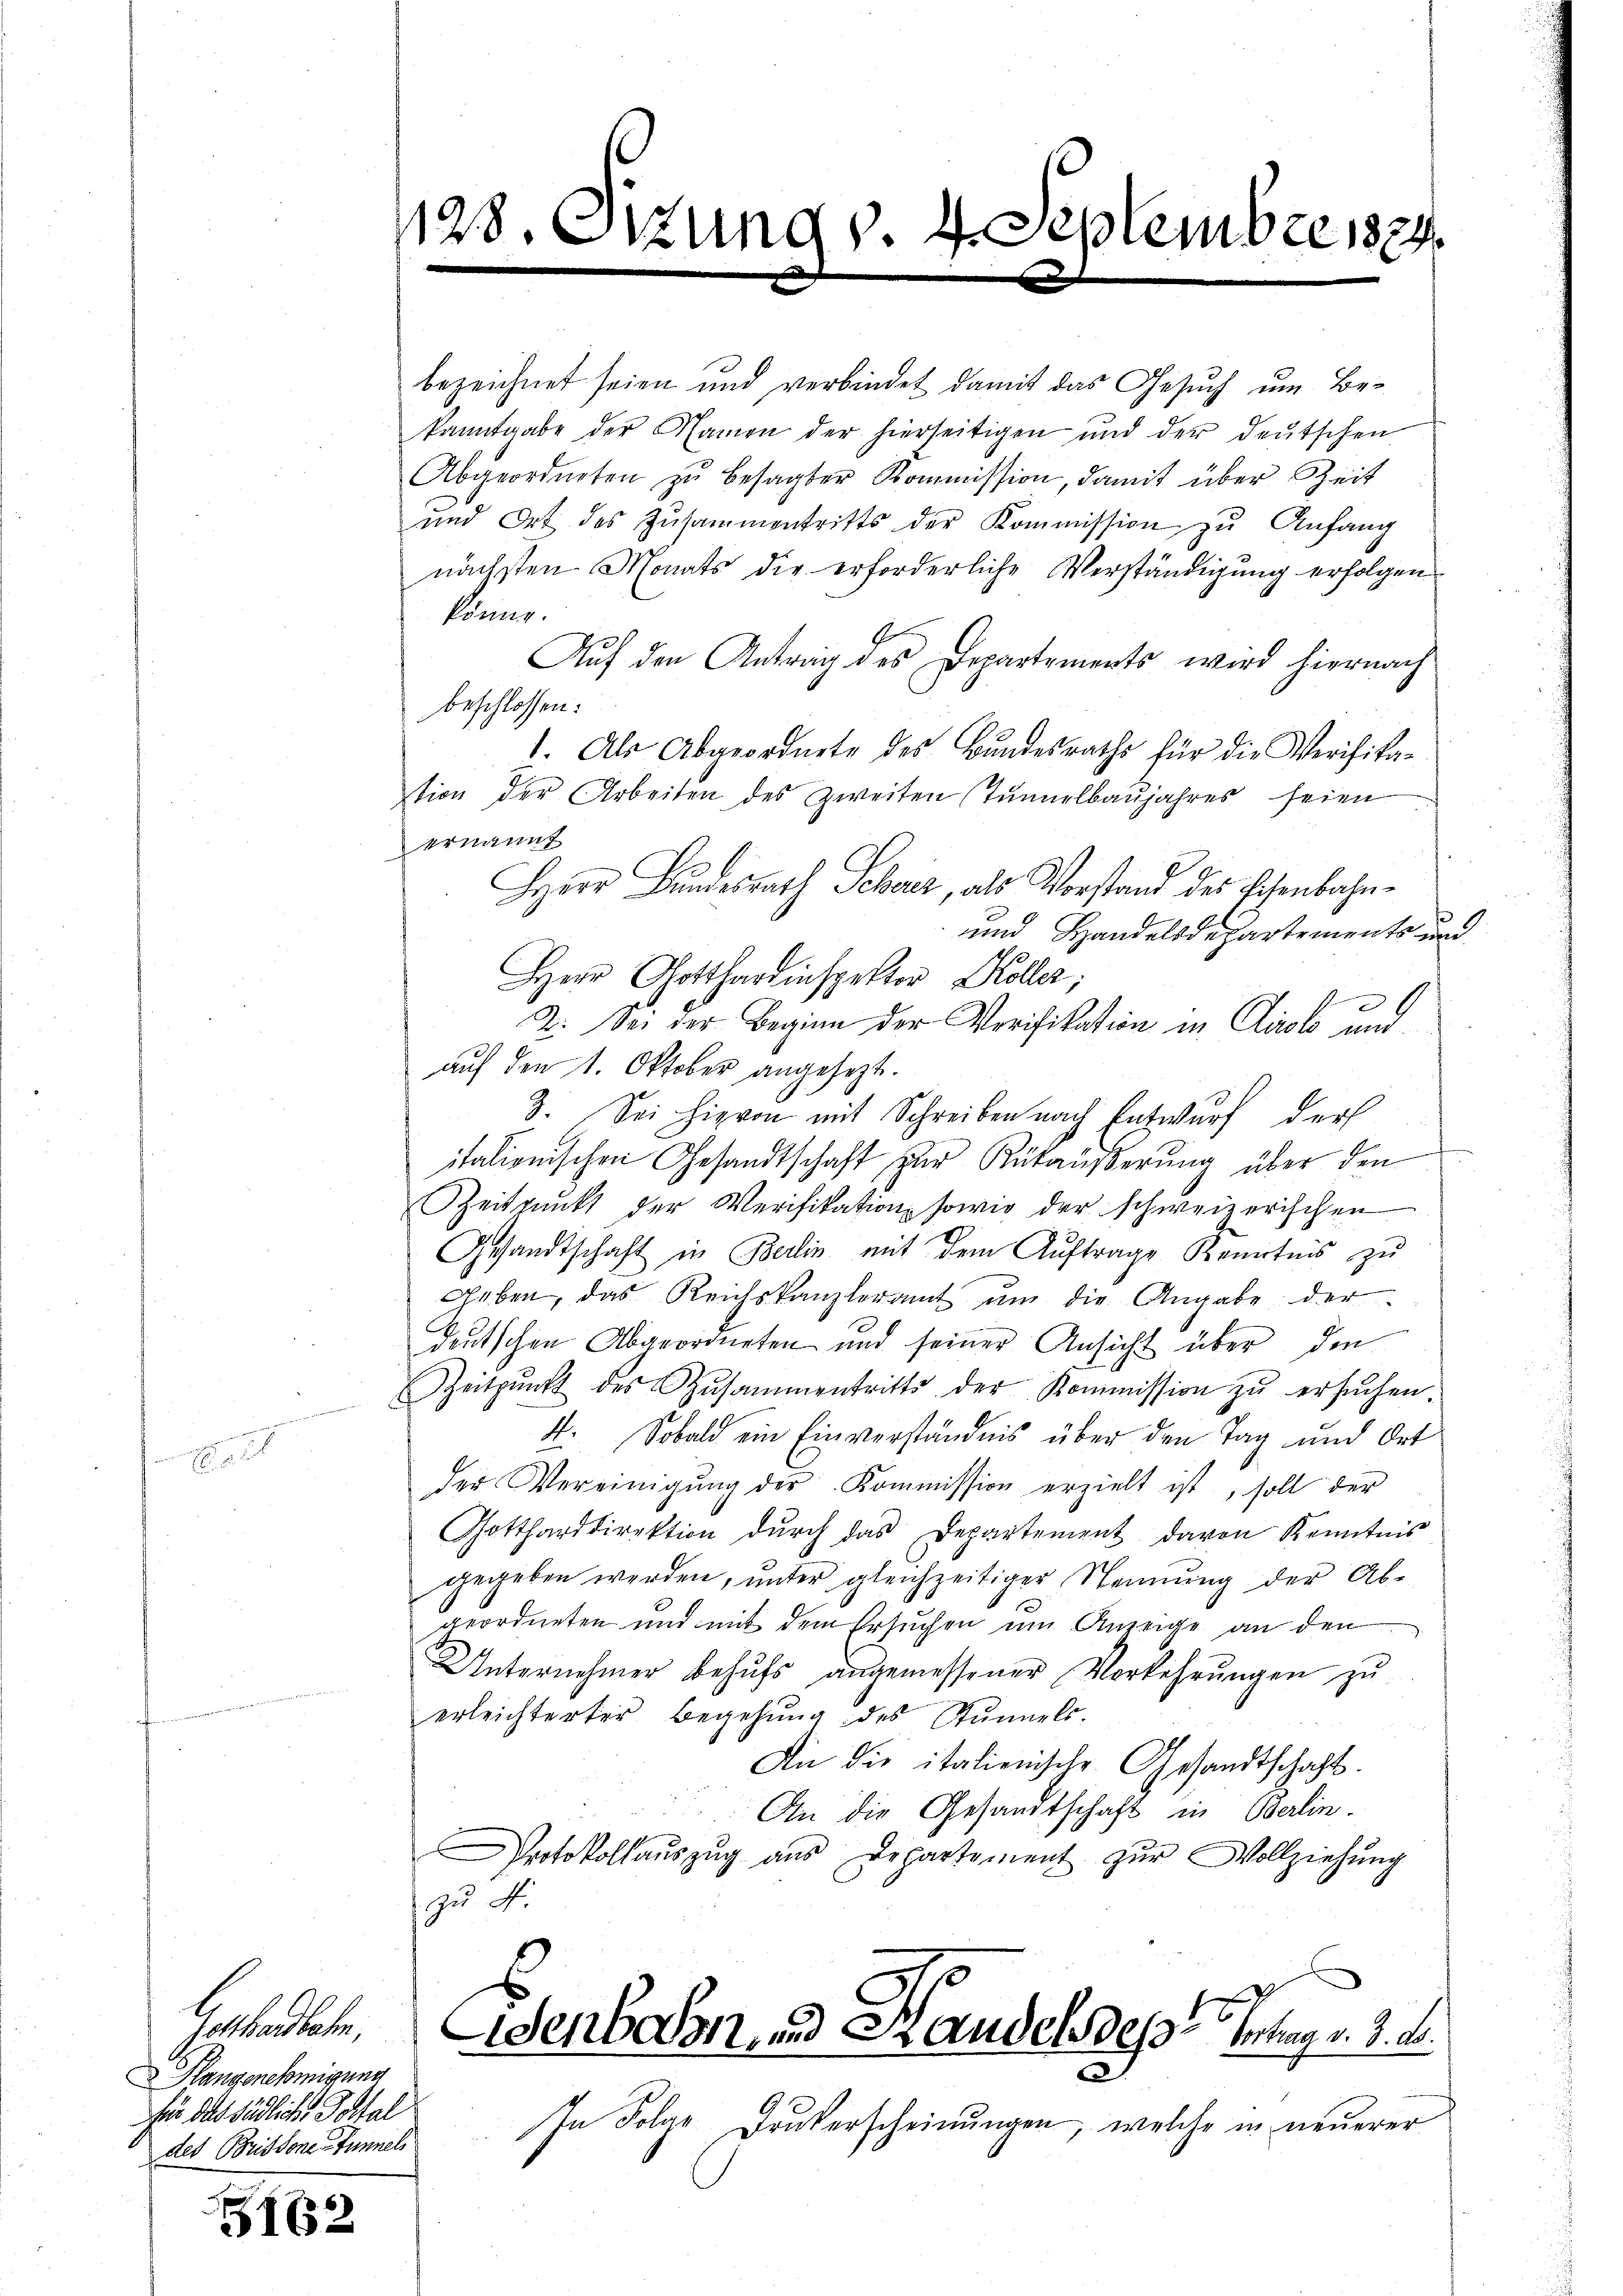
Gotthardbahn,
Klangenehmigung
für das südliches Postal
des Brissone Tunnel

G162

128. Sizum

bezeichnet seien und verbindet damit das Gesuch um Be-
kanntgabe der Namen der hierseitigen und der deutschen
Abgeordneten zŭ besagter Kommission, damit über Zeit
und Ort des Zŭsammentritts der Kommission zu Anfang
nächsten Monats die erforderliche Verständigung erfolgen
könne.
Auf den Antrag des Departements wird hiernach
beschlossen:
1. Als Abgeordnete des Bundesraths für die Verifika-
tion der Arbeiten des zweiten Tunnelbaujahres seien
ernannt
Herr Bundesrath Schwer, als Vorstand des Lesenbahn-
und Handelsdepartements un
Herr Gotthardinspektor Koller;
2. Sei der Beginn der Verifikation in Airolo und
auf den 1. Oktober angesezt.
3. Sei hievon mit Schreiben nach Entwurf darf
itationischen Gesandtschaft zur Rükäußerung über den
Zeitpunkt der Verifikation sowie der schweizerischen
Gesandtschaft in Berlin mit dem Aŭftrage Kenntnis zŭ
geben, das Reichskanzleramt ŭm die Angabe der
deutschen Abgeordneten und seiner Ansicht über den
Zeitpunkt des Zusammentritts der Kommission zŭ ersŭchen.
4. Sobald ein Einverständnis über den Tag und Ort
der Vereinigŭng der Kommission erzielt ist, soll der
Gottharddirektion dŭrch das Departement davon Kenntnis
gegeben werden, unter gleichzeitiger Nennung der Abgeordneten und mit dem Ersuchen um Anzeige an den
Unternehmer behŭfs angemessener Verkehrŭngen zŭ
erleichterter Begehŭng des Stŭndels-
An die italienische Gesandtschaft.
An die Gesandtschaft in Berlin.
Protokollauszug aus Departement zur Vollziehung
zu d
Wenbaren, und Standels des Vertrag v. 3. d.
In Folge Drukerscheinungen, welche in neuerer

(v. 4. Septembre 1874.
d